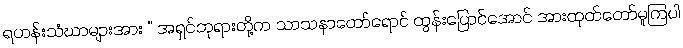
ရဟန်းသံဃာများအား “ အရှင်ဘုရားတို့က သာသနာတော်ရောင် ထွန်းပြောင်အောင် အားထုတ်တော်မူကြပါ